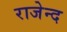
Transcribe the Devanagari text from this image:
राजेन्द